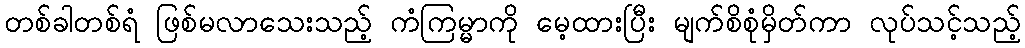
တစ်ခါတစ်ရံ ဖြစ်မလာသေးသည့် ကံကြမ္မာကို မေ့ထားပြီး မျက်စိစုံမှိတ်ကာ လုပ်သင့်သည့်